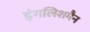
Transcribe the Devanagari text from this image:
इंगलिशमैन